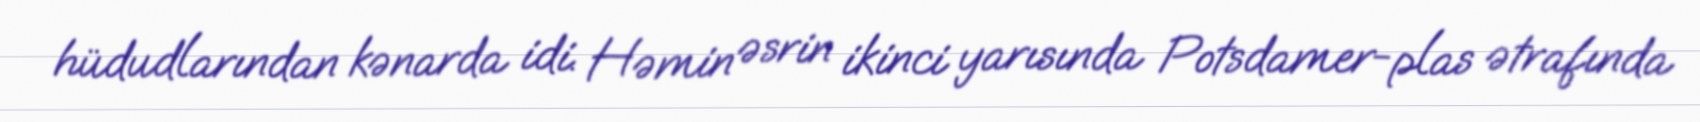
hüdudlarından kənarda idi. Həmin əsrin ikinci yarısında Potsdamer-plas ətrafında